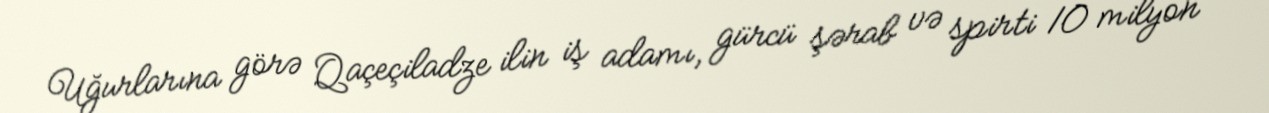
Uğurlarına görə Qaçeçiladze ilin iş adamı, gürcü şərab və spirti 10 milyon